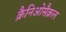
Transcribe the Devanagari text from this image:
क्रैनिओसैक्रल